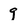
Character: g